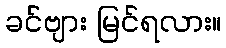
ခင်ဗျား မြင်ရလား။